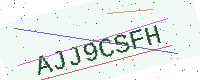
Text: AJJ9CSFH